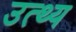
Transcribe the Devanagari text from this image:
उत्थ्य